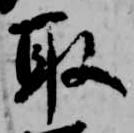
取